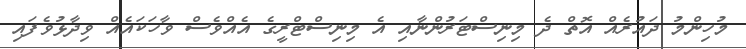
މުހިންމު ދައުރެއް އޮތް ދެ މިނިސްޓަރުންނާއި އެ މިނިސްޓްރީގެ އެއްވެސް ވާހަކައެއް ވިދާޅުވެފައި